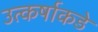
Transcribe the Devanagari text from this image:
उत्कर्षाकडे